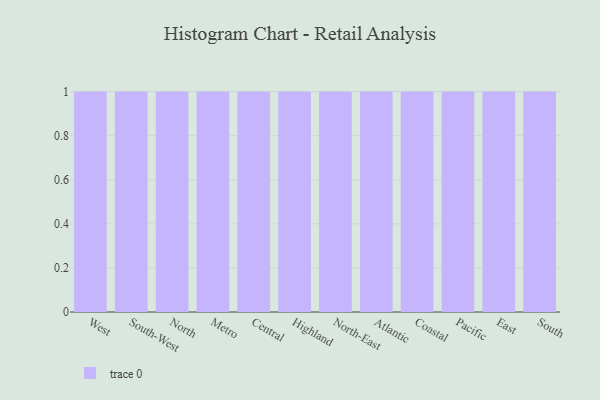
{"axis": {"x": "Region", "y": "Tickets Resolved"}, "legend": [""], "data": [{"x": "West", "y": 32, "type": ""}, {"x": "South-West", "y": 43, "type": ""}, {"x": "North", "y": 45, "type": ""}, {"x": "Metro", "y": 61, "type": ""}, {"x": "Central", "y": 3, "type": ""}, {"x": "Highland", "y": 4, "type": ""}, {"x": "North-East", "y": 54, "type": ""}, {"x": "Atlantic", "y": 5, "type": ""}, {"x": "Coastal", "y": 18, "type": ""}, {"x": "Pacific", "y": 6, "type": ""}, {"x": "East", "y": 57, "type": ""}, {"x": "South", "y": 47, "type": ""}]}